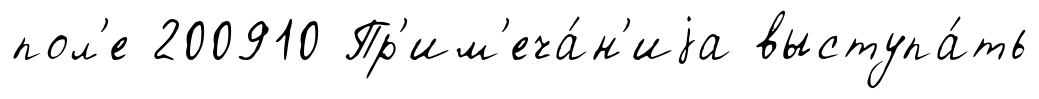
пол'е 200910 Пр'им'еча́н'иjа выступа́ть